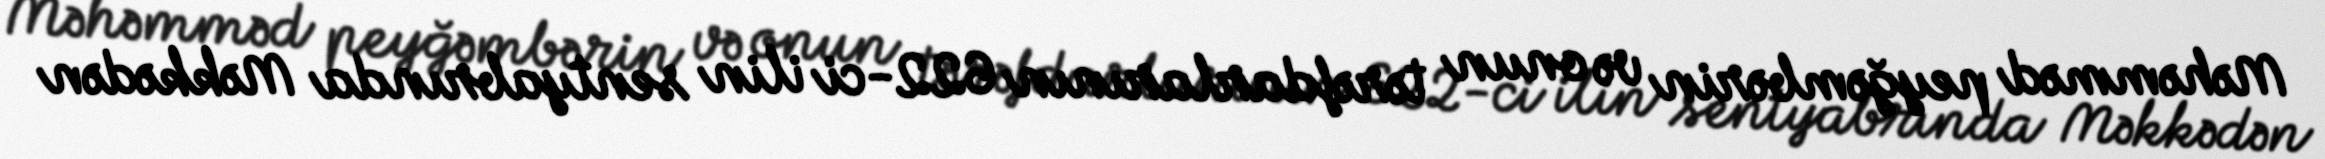
Məhəmməd peyğəmbərin və onun tərəfdarlarının 622-ci ilin sentyabrında Məkkədən